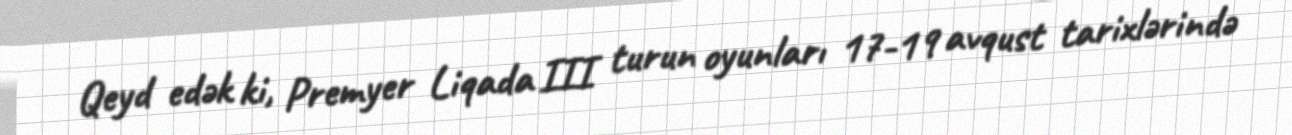
Qeyd edək ki, Premyer Liqada III turun oyunları 17-19 avqust tarixlərində